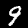
Label: 9